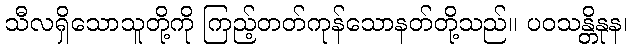
သီလရှိသောသူတို့ကို ကြည့်တတ်ကုန်သောနတ်တို့သည်။ ပဝသန္တိနုန၊